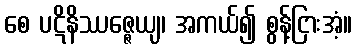
စေ ပဋိနိဿဇ္ဇေယျ၊ အကယ်၍ စွန့်ငြားအံ့။